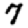
Digit: 7